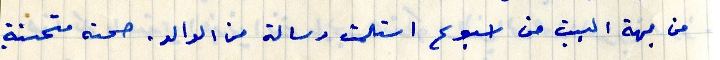
من جهة البيت من اسبوع استلمت رسالة من الوالد. صحته متحسنة